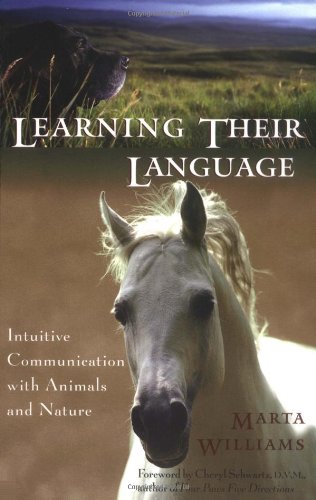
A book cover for Learning Their Language: Intuitive Communication with Animals and Nature; Marta Williams; Crafts, Hobbies & Home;